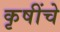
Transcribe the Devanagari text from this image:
कृषींचे